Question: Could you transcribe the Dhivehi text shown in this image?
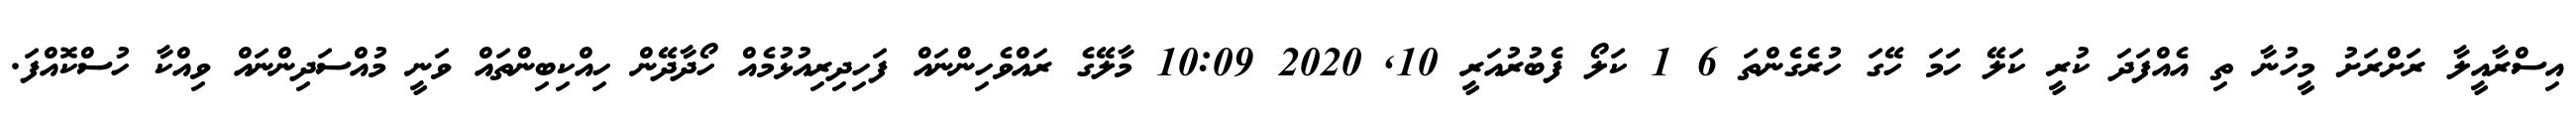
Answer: އިސްރާއީލާ ރަށްރަށު މީހުނާ ތި އެއްފަދަ ކުރީ ކަލޭ ހަމަ ހޭގަ ހުރެގެންތަ 6 1 ކަލޯ ފެބުރުއަރީ 10, 2020 10:09 މާލޭގެ ރައްވެހިންނައް ފަހިދިރިއުޅުމެއް ހޯދާދޭން ހިއްކިބިންތައް ވަނީ މުއްސަދިންނައް ވިއްކާ ހުސްކޮއްފަ.